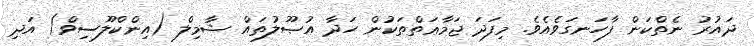
ދައުރު ނެތްކަން ފާހަނގަވެއެވެ. މިފަދަ ޖަމާޢަތްތަކުން ހަދާ އުޞޫލުތައް ޝާމިލް (އިންކްލޫސިވް) އަދި